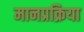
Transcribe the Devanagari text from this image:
मानप्रक्रिया